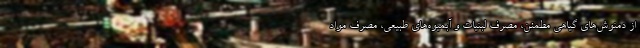
از دمنوش‌های گیاهی مطمئن، مصرف لبنیات و آبمیوه‌های طبیعی، مصرف مواد